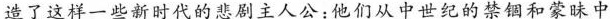
造了这样一些新时代的悲剧主人公；他们从中纪的禁锢和蒙昧中